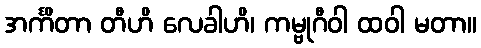
အင်္ကိတာ တီဟိ လေခါဟိ၊ ကမ္ဗုဂီဝါ ထဝါ မတာ။